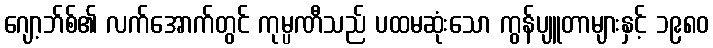
ဂျော့ဘ်စ်၏ လက်အောက်တွင် ကုမ္ပဏီသည် ပထမဆုံးသော ကွန်ပျူတာများနှင့် ၁၉၈၀